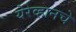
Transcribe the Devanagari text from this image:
येरेव्हानचे